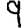
Digit: 9